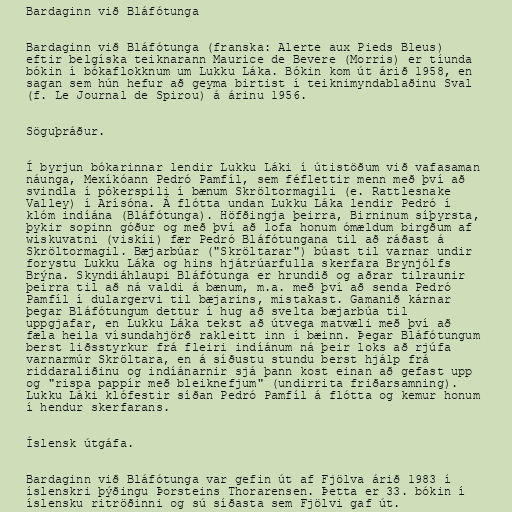
Bardaginn við Bláfótunga

Bardaginn við Bláfótunga (franska: Alerte aux Pieds Bleus)
eftir belgíska teiknarann Maurice de Bevere (Morris) er tíunda
bókin í bókaflokknum um Lukku Láka. Bókin kom út árið 1958, en
sagan sem hún hefur að geyma birtist í teiknimyndablaðinu Sval
(f. Le Journal de Spirou) á árinu 1956.

Söguþráður.

Í byrjun bókarinnar lendir Lukku Láki í útistöðum við vafasaman
náunga, Mexíkóann Pedró Pamfíl, sem féflettir menn með því að
svindla í pókerspili í bænum Skröltormagili (e. Rattlesnake
Valley) í Arísóna. Á flótta undan Lukku Láka lendir Pedró í
klóm indíána (Bláfótunga). Höfðingja þeirra, Birninum síþyrsta,
þykir sopinn góður og með því að lofa honum ómældum birgðum af
wiskuvatni (viskíi) fær Pedró Bláfótungana til að ráðast á
Skröltormagil. Bæjarbúar ("Skröltarar") búast til varnar undir
forystu Lukku Láka og hins hjátrúarfulla skerfara Brynjólfs
Brýna. Skyndiáhlaupi Bláfótunga er hrundið og aðrar tilraunir
þeirra til að ná valdi á bænum, m.a. með því að senda Pedró
Pamfíl í dulargervi til bæjarins, mistakast. Gamanið kárnar
þegar Bláfótungum dettur í hug að svelta bæjarbúa til
uppgjafar, en Lukku Láka tekst að útvega matvæli með því að
fæla heila vísundahjörð rakleitt inn í bæinn. Þegar Bláfótungum
berst liðsstyrkur frá fleiri indíánum ná þeir loks að rjúfa
varnarmúr Skröltara, en á síðustu stundu berst hjálp frá
riddaraliðinu og indíánarnir sjá þann kost einan að gefast upp
og "rispa pappír með bleiknefjum" (undirrita friðarsamning).
Lukku Láki klófestir síðan Pedró Pamfíl á flótta og kemur honum
í hendur skerfarans.

Íslensk útgáfa.

Bardaginn við Bláfótunga var gefin út af Fjölva árið 1983 í
íslenskri þýðingu Þorsteins Thorarensen. Þetta er 33. bókin í
íslensku ritröðinni og sú síðasta sem Fjölvi gaf út.